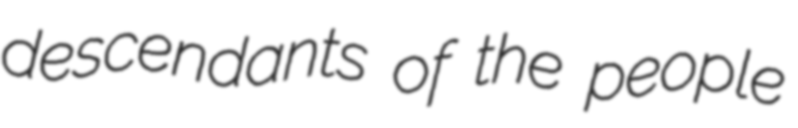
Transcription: descendants of the people